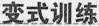
变式训练